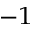
^ { - 1 }